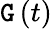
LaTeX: \mathtt{G}\left(t\right)